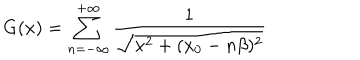
G ( x ) = \sum _ { n = - \infty } ^ { + \infty } \frac { 1 } { \sqrt { { \bf x } ^ { 2 } + ( x _ { 0 } - n \beta ) ^ { 2 } } }